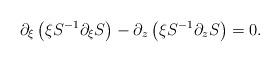
LaTeX: \begin{align*}\partial_{\xi}\left(\xi S^{-1}\partial_{\xi}S\right) - \partial_{z}\left(\xi S^{-1}\partial_{z}S \right)= 0 .\end{align*}